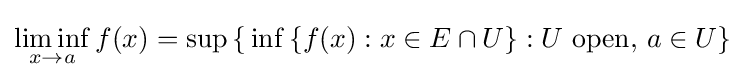
\liminf _{x\to a}f(x)=\sup \,\{\,\inf \,\{f(x):x\in E\cap U\}:U\ \mathrm {open} ,\,a\in U\}